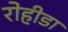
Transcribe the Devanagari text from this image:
रोहीडा